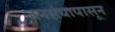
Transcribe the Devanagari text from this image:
जनसंघापासून